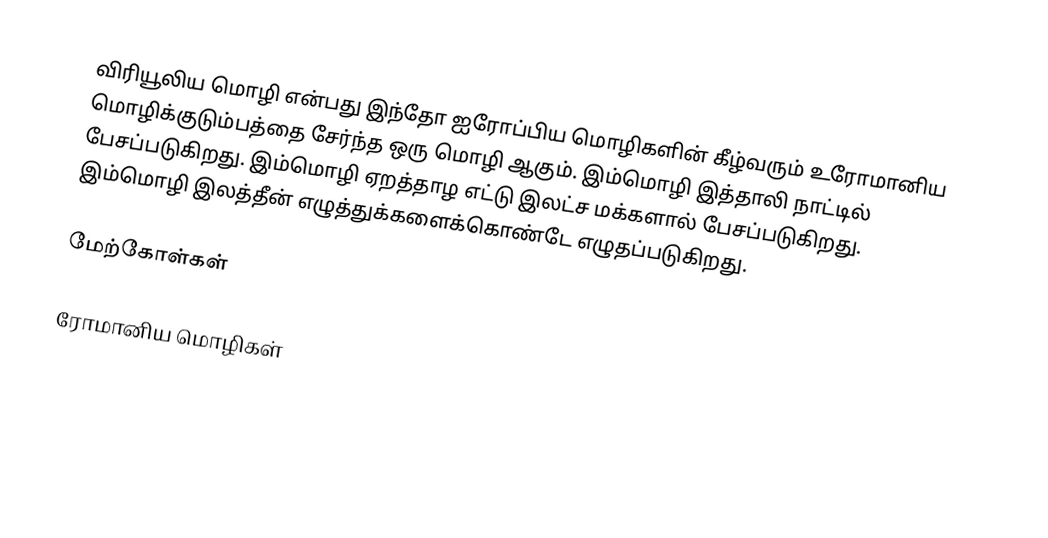
விரியூலிய மொழி என்பது இந்தோ ஐரோப்பிய மொழிகளின் கீழ்வரும் உரோமானிய மொழிக்குடும்பத்தை சேர்ந்த ஒரு மொழி ஆகும். இம்மொழி இத்தாலி நாட்டில் பேசப்படுகிறது. இம்மொழி ஏறத்தாழ எட்டு இலட்ச மக்களால் பேசப்படுகிறது. இம்மொழி இலத்தீன் எழுத்துக்களைக்கொண்டே எழுதப்படுகிறது.

மேற்கோள்கள்

ரோமானிய மொழிகள்